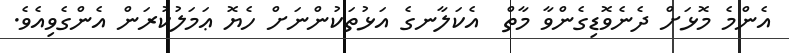
އެންމެ މޮޅަށް ދެނެވޮޑިގެންވާ މާތް  އެކަލާނގެ އަޅުތަކުންނަށް ހެޔޮ ޢަމަލުކުރަން އެންގެވިއެވެ.